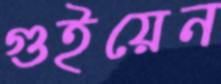
গুইয়েন